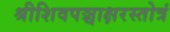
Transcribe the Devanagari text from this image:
श्रीशिवपञ्चाक्षरस्तोत्रं